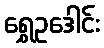
ရွှေဥဒေါင်း